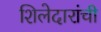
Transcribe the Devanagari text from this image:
शिलेदारांची